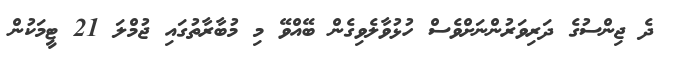
ދެ ޖިންސުގެ ދަރިވަރުންނަށްވެސް ހުޅުވާލެވިގެން ބޭއްވޭ މި މުބާރާތުގައި ޖުމްލަ 21 ޓީމަކުން